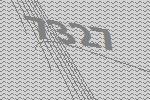
7327